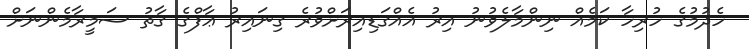
ހެދުމުގެ ހުރިހާ ކަމެއް ނިންމާލެވުނު އިރު އެއްގަޑިއިރަށްވުރެ ގިނައިރު ޢާފްގެ ގާތު ސަމީރާމެންނަށް